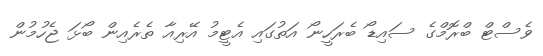
ވެސްޓް ބްރޮމްގެ ސައިޑޯ ބެރަހީނޯ އަތުގައި އެޓީމު އޭރިއާ ތެރެއިން ބޯޅަ ޖެހުމުން